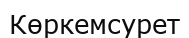
Көркемсурет